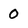
Character: 0